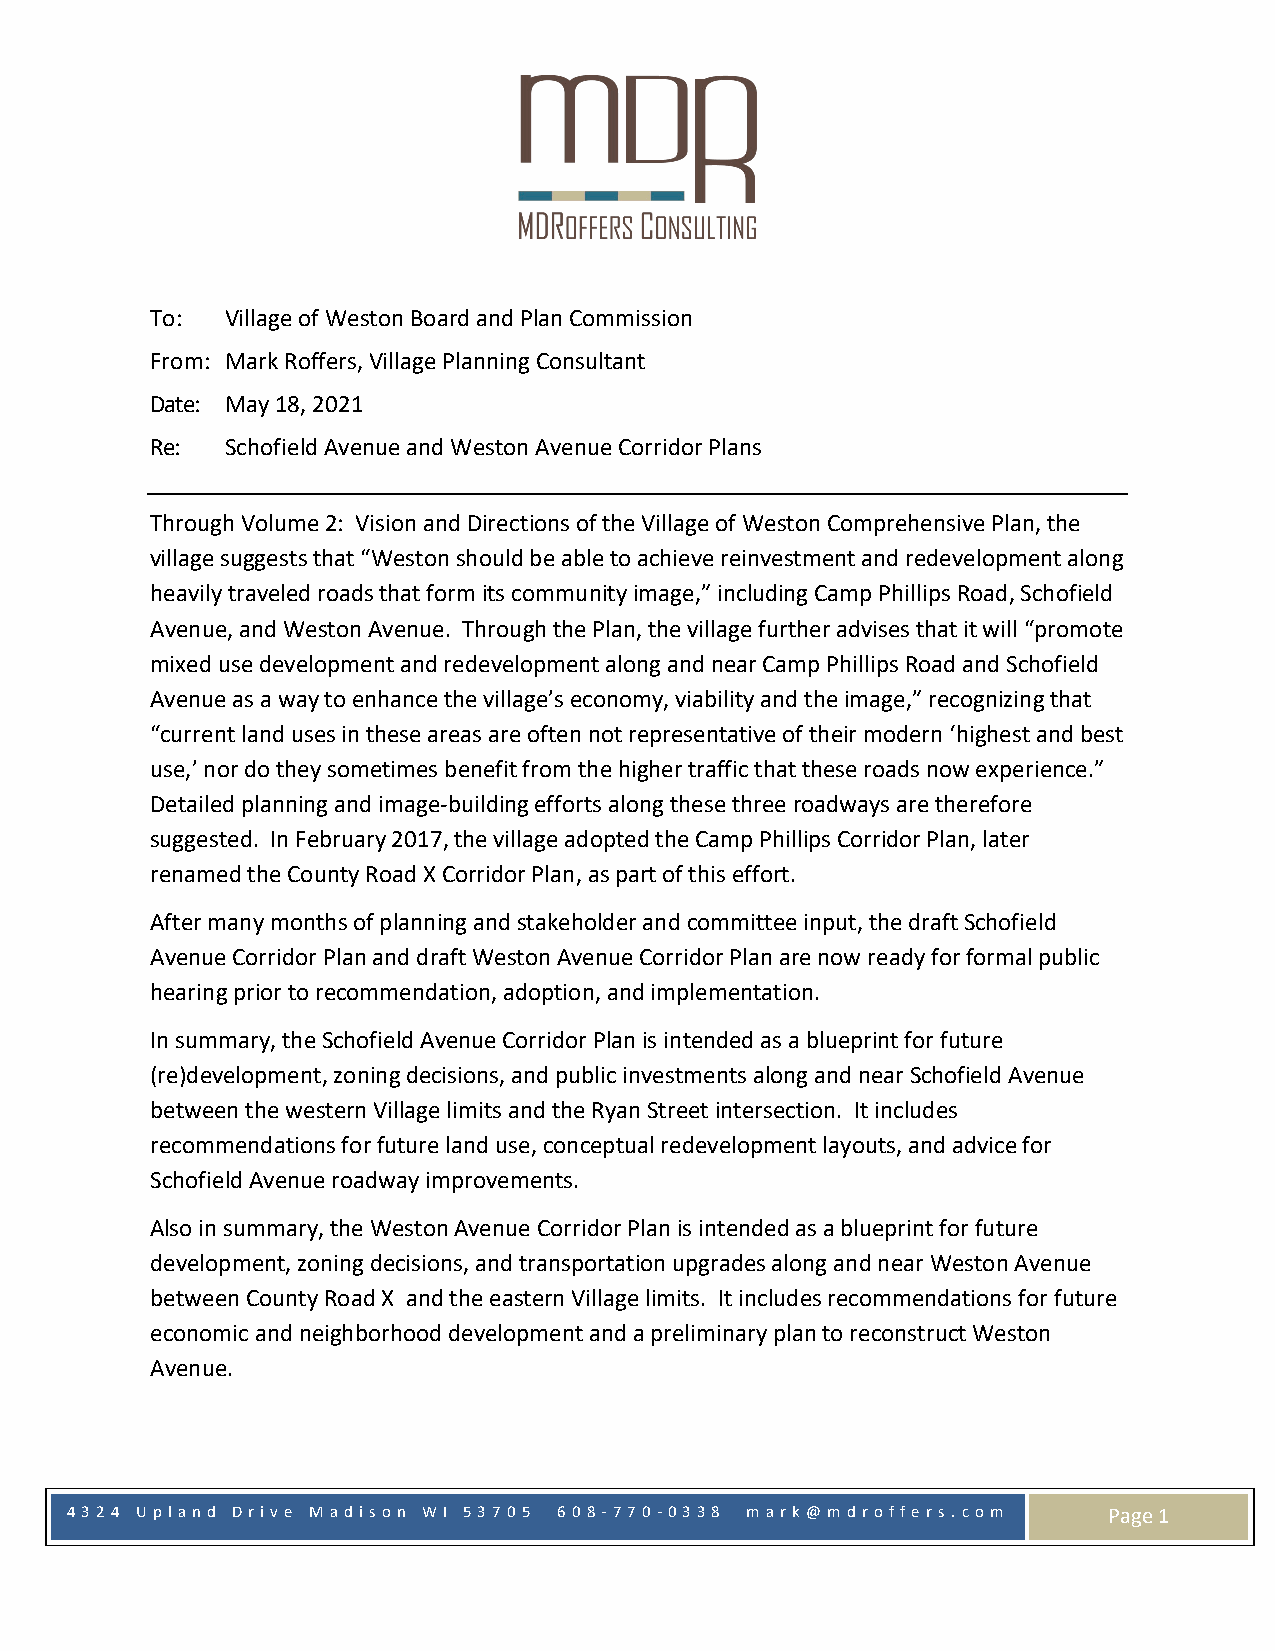
To:  Village of Weston Board and Plan Commission
 From: Mark Roffers, Village Planning Consultant
 Date: May 18, 2021
 Re:  Schofield Avenue and Weston Avenue Corridor Plans
 Through Volume 2: Vision and Directions of the Village of Weston Comprehensive Plan, the
 village suggests that “Weston should be able to achieve reinvestment and redevelopment along
 heavily traveled roads that form its community image,” including Camp Phillips Road, Schofield
 Avenue, and Weston Avenue. Through the Plan, the village further advises that it will “promote
 mixed use development and redevelopment along and near Camp Phillips Road and Schofield
 Avenue as a way to enhance the village’s economy, viability and the image,” recognizing that
 “current land uses in these areas are often not representative of their modern ‘highest and best
 use,’ nor do they sometimes benefit from the higher traffic that these roads now experience.”
 Detailed planning and image-building efforts along these three roadways are therefore
 suggested. In February 2017, the village adopted the Camp Phillips Corridor Plan, later
 renamed the County Road X Corridor Plan, as part of this effort.
 After many months of planning and stakeholder and committee input, the draft Schofield
 Avenue Corridor Plan and draft Weston Avenue Corridor Plan are now ready for formal public
 hearing prior to recommendation, adoption, and implementation.
 In summary, the Schofield Avenue Corridor Plan is intended as a blueprint for future
 (re)development, zoning decisions, and public investments along and near Schofield Avenue
 between the western Village limits and the Ryan Street intersection. It includes
 recommendations for future land use, conceptual redevelopment layouts, and advice for
 Schofield Avenue roadway improvements.
 Also in summary, the Weston Avenue Corridor Plan is intended as a blueprint for future
 development, zoning decisions, and transportation upgrades along and near Weston Avenue
 between County Road X and the eastern Village limits. It includes recommendations for future
 economic and neighborhood development and a preliminary plan to reconstruct Weston
 Avenue.
 4 3 2 4 Upland Drive Madison W I 5 3 7 0 5 6 0 8- 77 0 -0 3 3 8 m ark@ m droffers. com Page 1